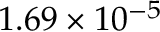
1 . 6 9 \times 1 0 ^ { - 5 }